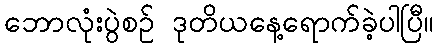
ဘောလုံးပွဲစဉ် ဒုတိယနေ့ရောက်ခဲ့ပါပြီ။